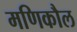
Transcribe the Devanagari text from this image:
मणिकौल